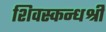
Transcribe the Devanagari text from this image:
शिवस्कन्धश्री